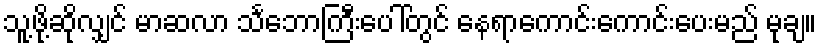
သူ့ဖို့ဆိုလျှင် မာဆလာ သင်္ဘောကြီးပေါ်တွင် နေရာကောင်းကောင်းပေးမည် မုချ။